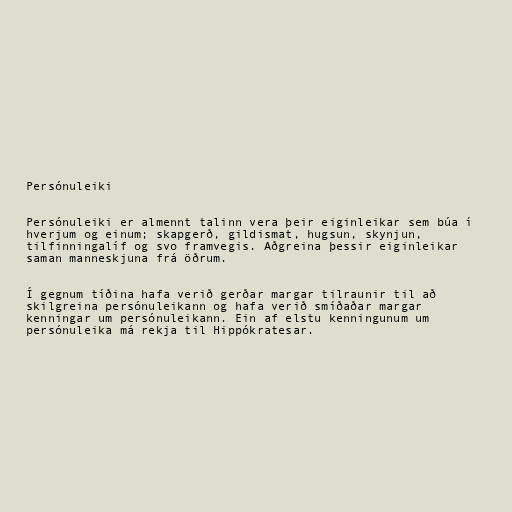
Persónuleiki

Persónuleiki er almennt talinn vera þeir eiginleikar sem búa í
hverjum og einum; skapgerð, gildismat, hugsun, skynjun,
tilfinningalíf og svo framvegis. Aðgreina þessir eiginleikar
saman manneskjuna frá öðrum.

Í gegnum tíðina hafa verið gerðar margar tilraunir til að
skilgreina persónuleikann og hafa verið smíðaðar margar
kenningar um persónuleikann. Ein af elstu kenningunum um
persónuleika má rekja til Hippókratesar.